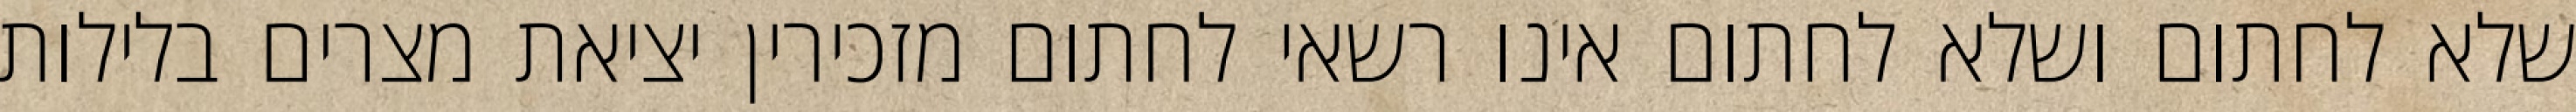
שלא לחתום ושלא לחתום אינו רשאי לחתום מזכירין יציאת מצרים בלילות